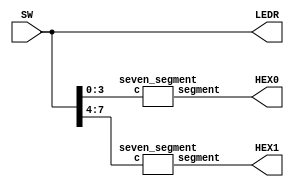
//
// ============================================================
// Laboratory: 	Lab 2 - Part 1 - Digital Logic
// Description:	Using 2x 7-Seg displays, control each one to 
//				output the values of 0-9 using 8x switches.  4x switches
//				control one 7-seg and 4x switchs control another.
//				The idea using BcDs, 4'bxxxx -> 1'd
//
// By:			K. Walsh
//

// ============================================================
// Top Level Module
module lab2part1 (SW, LEDR, HEX0, HEX1);
	input [7:0] SW;
	output [7:0] LEDR;
	output [6:0] HEX0, HEX1;
	
	assign LEDR = SW; //activate LED when switch is high '1'
	
	wire [3:0] ch0, ch1;	
	wire [6:0] hex0, hex1;
	
	assign ch0 = SW[3:0]; 	//4'bxxxx to HEX0
	assign ch1 = SW[7:4]; 	//4'bxxxx to HEX1
	assign HEX0 = hex0;		//output of decoder to HEX0
	assign HEX1	= hex1;		//output of decoder to HEX1
	
	// Instantiate BCD/Display Module
	seven_segment s0 (ch0, hex0);
	seven_segment s1 (ch1, hex1);
	
endmodule


// Display BCD Module (digits 0-9)
module seven_segment (c, segment);
	input [3:0] c;
	output [6:0] segment;
	
	assign segment[0] = (~c[3]&~c[2]&~c[1]&c[0])|(~c[3]&c[2]&~c[1]&~c[0]);	
	//segment off, digits(1,4)
	//0001 OR 0100
	assign segment[1] = (~c[3]&c[2]&~c[1]&c[0])|(~c[3]&c[2]&c[1]&~c[0]);	
	//segment off, digits(5,6)
	//0101 OR 0110
	assign segment[2] = (~c[3]&~c[2]&c[1]&~c[0]);	
	//segment off, digits(2)
	//0010
	assign segment[3] = (~c[3]&~c[2]&~c[1]&c[0])|(~c[3]&c[2]&~c[1]&~c[0])|(~c[3]&c[2]&c[1]&c[0])|(c[3]&~c[2]&~c[1]&c[0]);	
	//segment off, digits(1,4,7,9)
	//0001 OR 0100 OR 0111 OR 1001
	assign segment[4] = (~c[3]&~c[2]&~c[1]&c[0])|(~c[3]&~c[2]&c[1]&c[0])|(~c[3]&c[2]&~c[1]&~c[0])|(~c[3]&c[2]&~c[1]&c[0])|(~c[3]&c[2]&c[1]&c[0])|(c[3]&~c[2]&~c[1]&c[0]);	
	//segment off, digits(1,3,4,5,7,9)
	//0001 OR 0011 OR 0100 OR 0101 OR 0111 OR 1001 
	assign segment[5] = (~c[3]&~c[2]&~c[1]&c[0])|(~c[3]&~c[2]&c[1]&~c[0])|(~c[3]&~c[2]&c[1]&c[0])|(~c[3]&c[2]&c[1]&c[0]);	
	//segment off, digits(1,2,3,7)
	//0001 OR 0010 OR 0011 OR 0111 
	assign segment[6] = (~c[3]&~c[2]&~c[1]&~c[0])|(~c[3]&~c[2]&~c[1]&c[0])|(~c[3]&c[2]&c[1]&c[0]);	
	//segment off, digits(0,1,7)
	//0000 OR 0001 OR 0111

endmodule